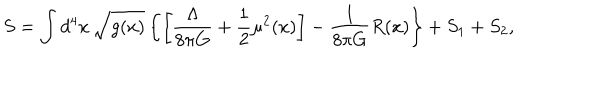
S = \int d ^ { 4 } x \, \sqrt { g ( x ) } \left\{ \left[ \frac { \Lambda } { 8 \pi G } + \frac { 1 } { 2 } \mu ^ { 2 } ( x ) \right] - \frac { 1 } { 8 \pi G } R ( x ) \right\} + S _ { 1 } + S _ { 2 } ,